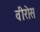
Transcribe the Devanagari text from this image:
वीरोस